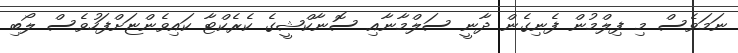
ނަމަވެސް މި ފިލްމުން ފެނިގެން ދާނީ ސަލްމާނާއި ސޮނާކްޝީގެ ކެރެކްޓާ ކައިވެންޏަށްފަހުވެސް ލޯބި